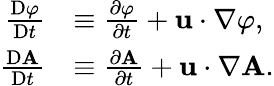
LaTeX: {\begin{array}{rl}{{\frac{\mathrm{D}\varphi}{\mathrm{D}t}}}&{\equiv{\frac{\partial\varphi}{\partial t}}+\mathbf{u}\cdot\nabla\varphi,}\\ {{\frac{\mathrm{D}\mathbf{A}}{\mathrm{D}t}}}&{\equiv{\frac{\partial\mathbf{A}}{\partial t}}+\mathbf{u}\cdot\nabla\mathbf{A}.}\end{array}}